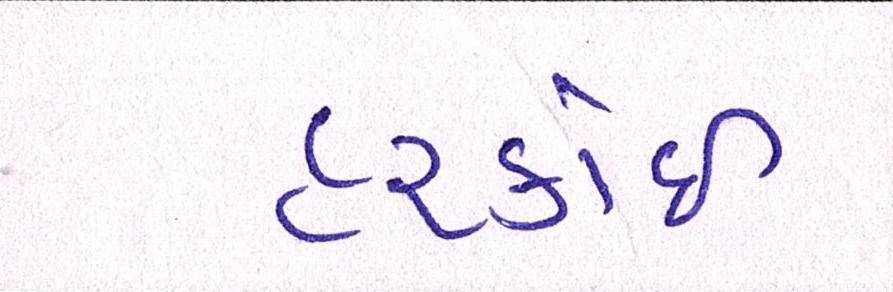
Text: હરકોઈ